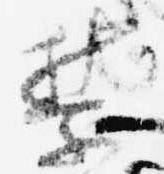
禁